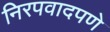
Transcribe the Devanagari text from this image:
निरपवादपणे